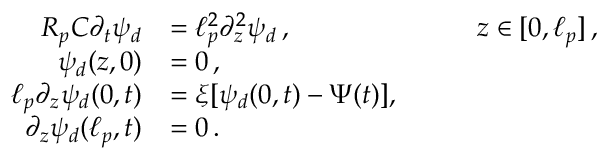
\begin{array} { r l r l } { R _ { p } C \partial _ { t } \psi _ { d } } & { = \ell _ { p } ^ { 2 } \partial _ { z } ^ { 2 } \psi _ { d } \, , } & { \quad } & { z \in [ 0 , \ell _ { p } ] \, , } \\ { \psi _ { d } ( z , 0 ) } & { = 0 \, , } \\ { \ell _ { p } \partial _ { z } \psi _ { d } ( 0 , t ) } & { = \xi [ \psi _ { d } ( 0 , t ) - \Psi ( t ) ] , } \\ { \partial _ { z } \psi _ { d } ( \ell _ { p } , t ) } & { = 0 \, . } \end{array}